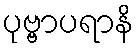
ပုဗ္ဗာပရာနိ